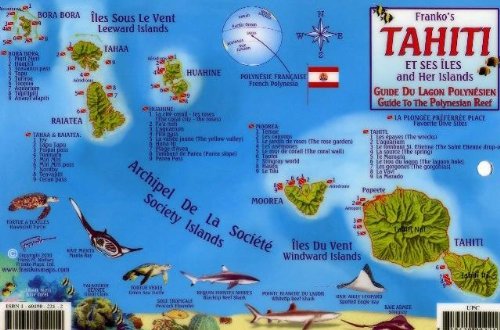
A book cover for Tahiti & Society Islands Dive Map & Reef Creatures Guide Franko Maps Laminated Fish Card; Franko Maps Ltd.; Travel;